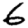
Digit: 6